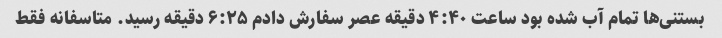
بستنی‌ها تمام آب شده بود ساعت ۴:۴۰ دقیقه عصر سفارش دادم ۶:۲۵ دقیقه رسید. متاسفانه فقط